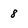
Character: 8